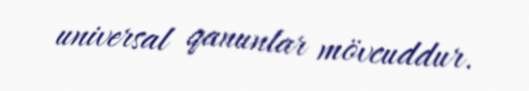
universal qanunlar mövcuddur.